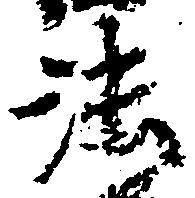
法